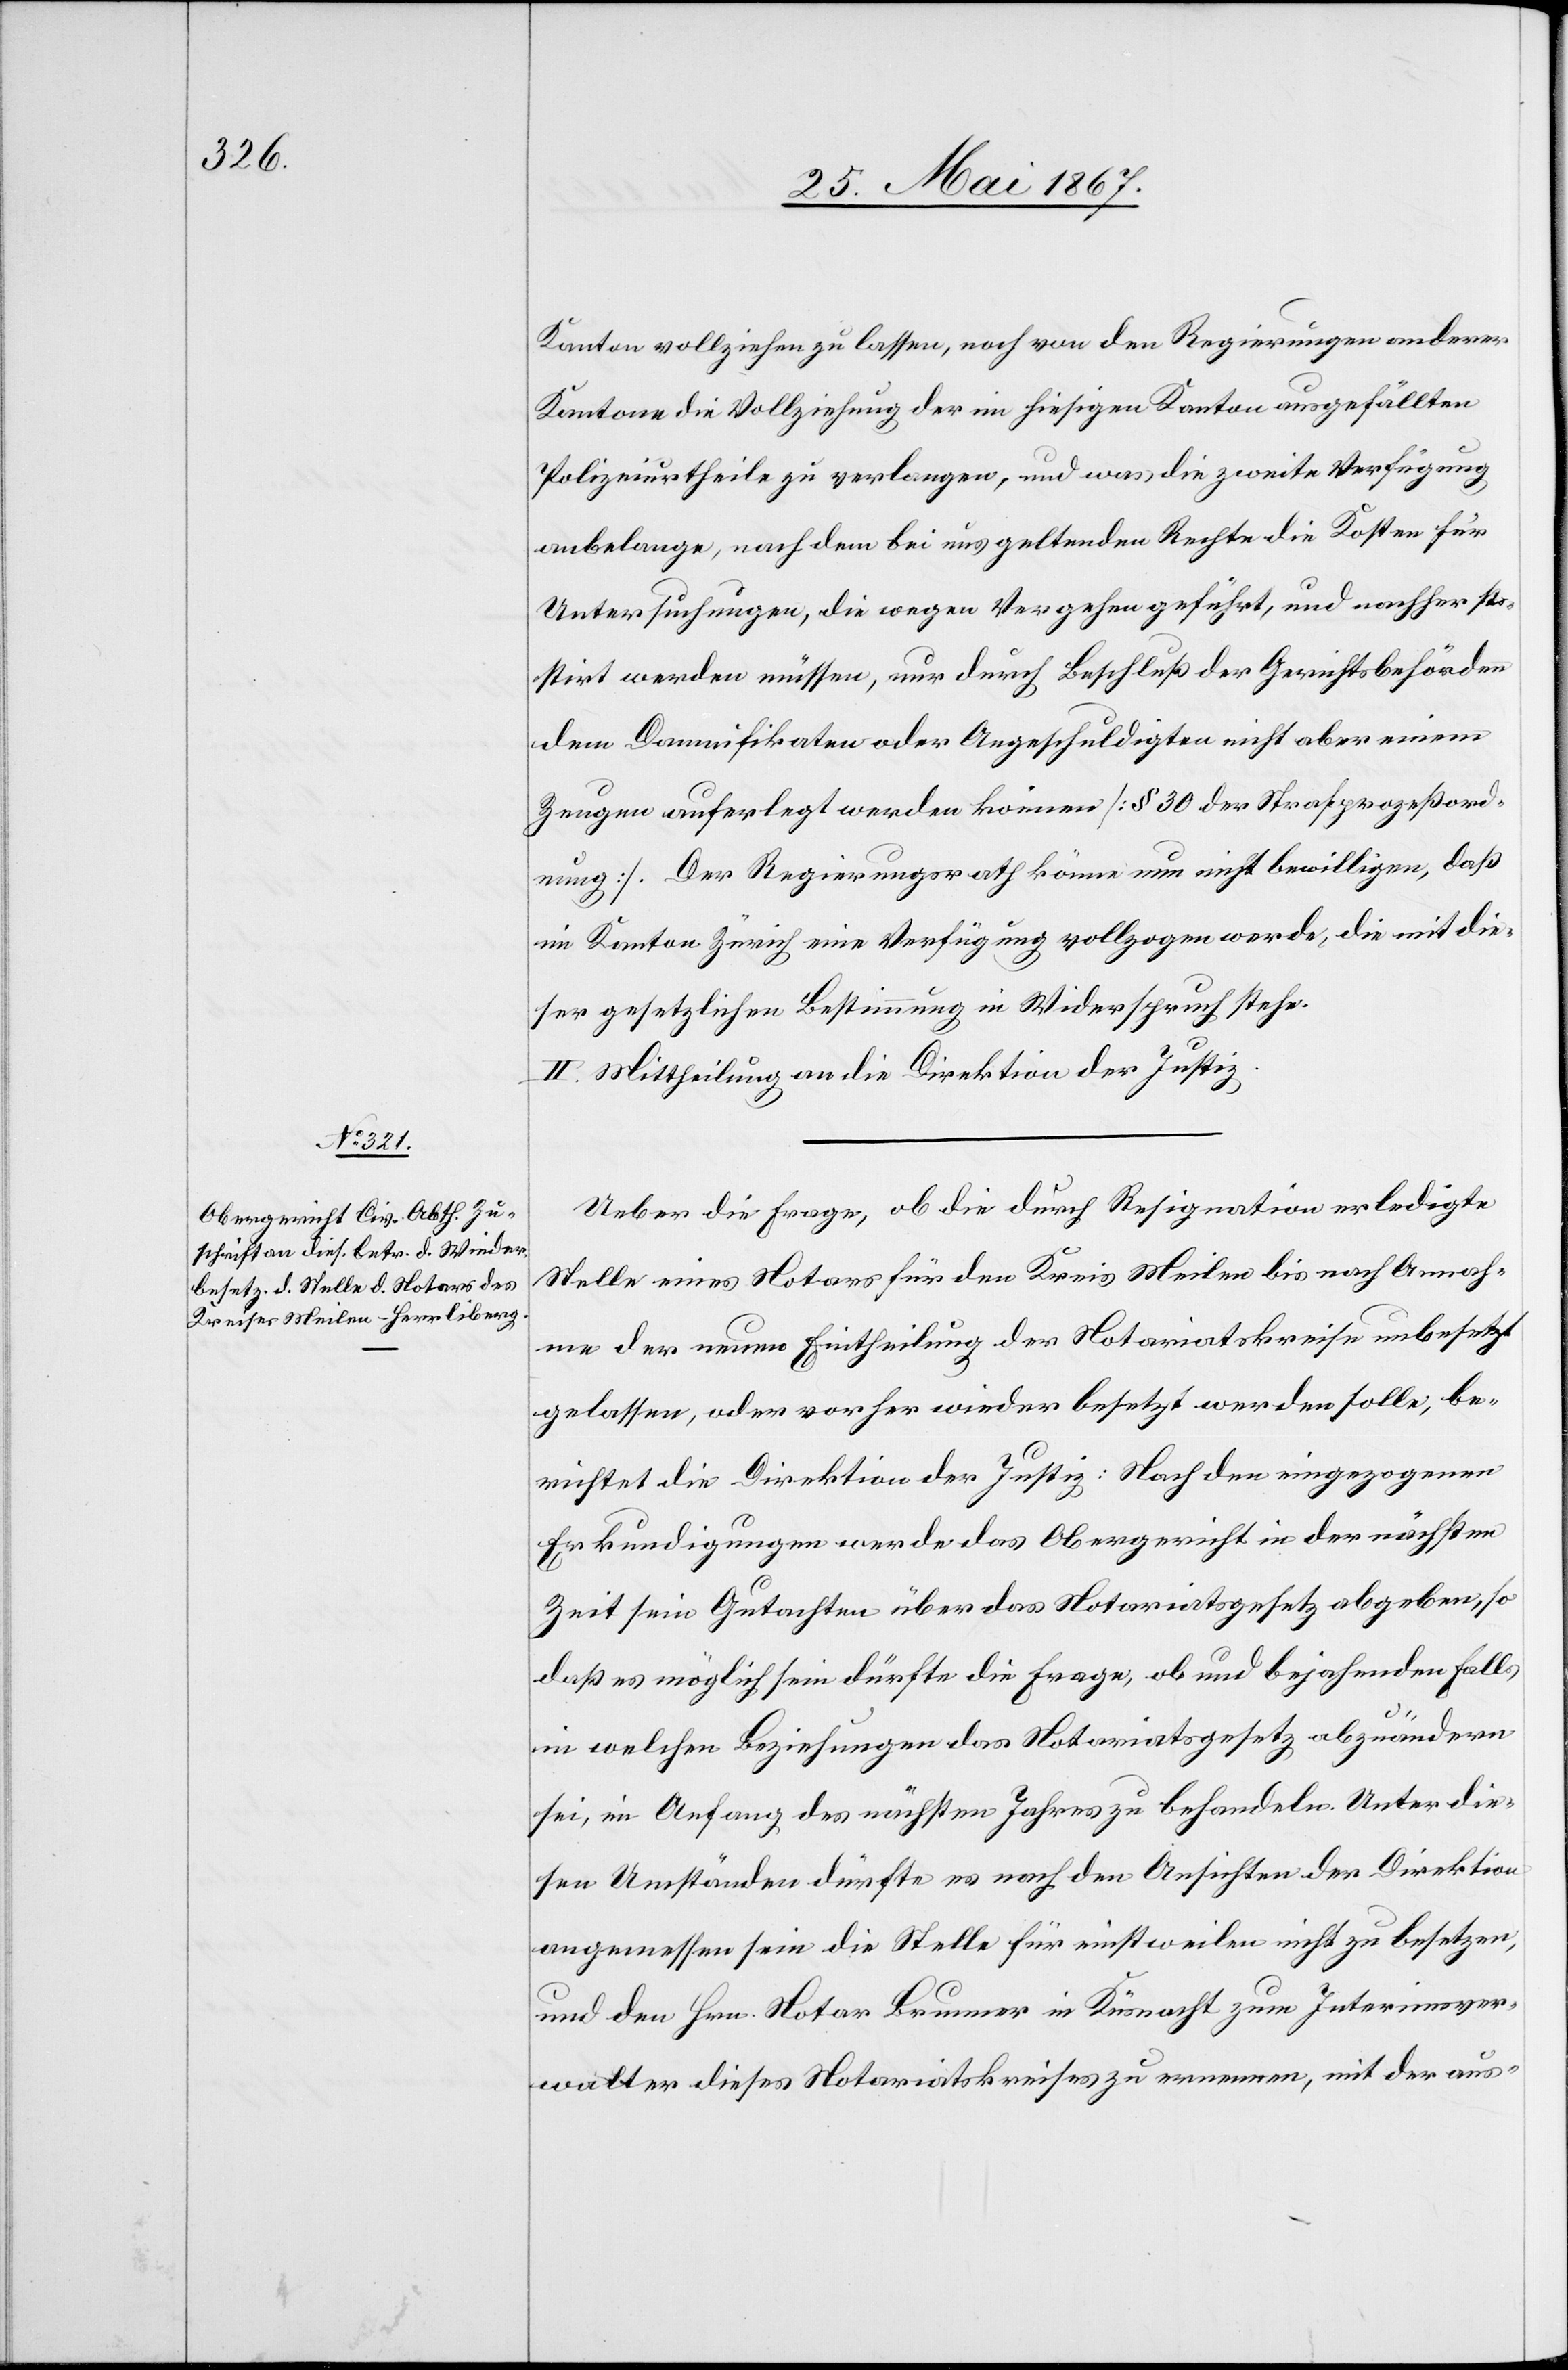
Kanton vollziehen zu lassen, noch von den Regierungen anderer
Kantone die Vollziehung der im hiesigen Kanton ausgefällten
Polizeiurtheile zu verlangen, und was die zweite Verfügung
anbelange, nach dem bei uns geltenden Rechte die Kosten für
Untersuchungen, die wegen Vergehen geführt, und nachher si¬
stirt werden müssen, nur durch Beschluß der Gerichtsbehörden
dem Damnifikaten oder Angeschuldigten nicht aber einem
Zeugen auferlegt werden können [§ 30 der Strafprozeßord¬
nung]. Der Regierungsrath könne nun nicht bewilligen, daß
im Kanton Zürich eine Verfügung vollzogen werde, die mit die¬
ser gesetzlichen Bestimmung in Widerspruch stehe.
II. Mittheilung an die Direktion der Justiz.
Ueber die Frage, ob die durch Resignation erledigte
Stelle eines Notars für den Kreis Meilen bis nach Annah¬
me der neuen Eintheilung der Notariatskreise unbesetzt
gelassen, oder vorher wieder besetzt werden soll, be¬
richtet die Direktion der Justiz: Nach den eingezogenen
Erkundigungen werde das Obergericht in der nächsten
Zeit sein Gutachten über das Notariatsgesetz abgeben, so
daß es möglich sein dürfte die Frage, ob und bejahenden Falls
in welchen Beziehungen das Notariatsgesetz abzuändern
sei, in Anfang des nächsten Jahres zu behandeln. Unter die¬
sen Umständen dürfte es nach den Ansichten der Direktion
angemessen sein die Stelle für einstweilen nicht zu besetzen,
und den Hrn. Notar Brunner in Küsnacht zum Interimsver¬
walter dieses Notariatskreises zu ernennen, mit der aus-